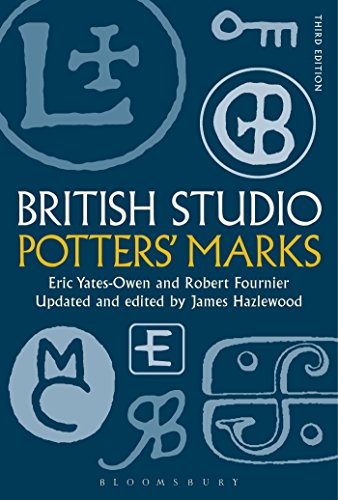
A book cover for British Studio Potters' Marks; Eric Yates-Owen; Crafts, Hobbies & Home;